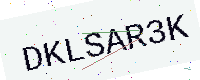
Text: DKLSAR3K